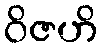
ဝိဇဟိ